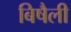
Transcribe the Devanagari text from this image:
बिषैली